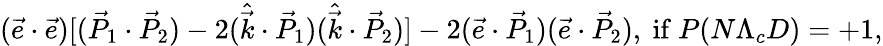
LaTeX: (\vec{e}\cdot\vec{e})[(\vec{P}_{1}\cdot\vec{P}_{2})-2(\hat{\vec{k}}\cdot\vec{P}_{1})(\hat{\vec{k}}\cdot\vec{P}_{2})]-2(\vec{e}\cdot\vec{P}_{1})(\vec{e}\cdot\vec{P}_{2}),\mathrm{~if~}P(N\Lambda_{c}D)=+1,